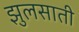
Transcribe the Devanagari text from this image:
झुलसाती